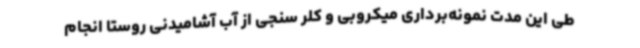
طی این مدت نمونه‌برداری میکروبی و کلر سنجی از آب آشامیدنی روستا انجام